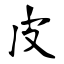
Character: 皮